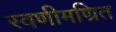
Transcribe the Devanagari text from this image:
स्वणीमण्रित